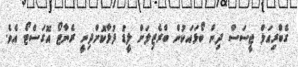
ގެބްރިއަލް ޖީސަސް ދިން ބޯޅައަކުން ބްރެޒިލަށް ލީޑު ފުޅާކޮށްދިނީ ރެނާޓޯ އޮގަސްޓޯ އެވެ.